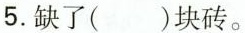
5.缺了( )块砖。